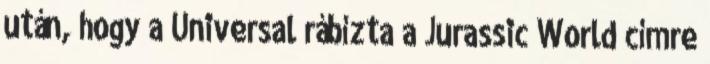
után, hogy a Universal rábízta a Jurassic World címre